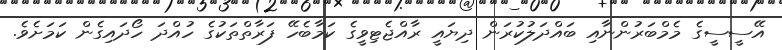
އޭސީސީގެ މެމްބަރުންނާއި ބައްދަލުކުރަން ދިޔައީ ރާއްޖެޓިވީގެ ކަމާބެހޭ ފަރާތްތަކުގެ ހުއްދަ ހޯދައިގެން ކަމަށެވެ.